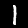
Digit: 1